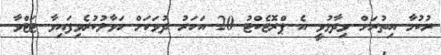
ރުކުމާ އިތުރަށް ވިދާޅުވީ އެ ޕްރޮޖެކްޓު 20 އަހަރު ދުވަހަށް ހަވާލުކުރެވިފައިވާ ޓަޓްވާ